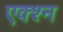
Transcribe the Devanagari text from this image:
एक्श्‍न